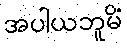
အပါယဘူမိံ